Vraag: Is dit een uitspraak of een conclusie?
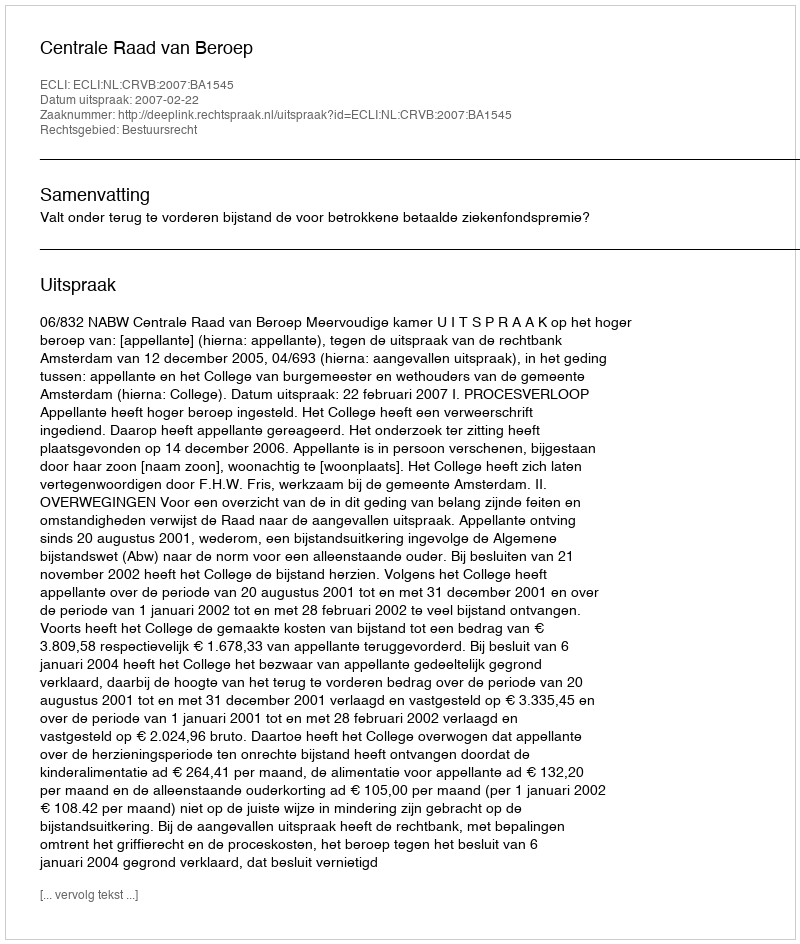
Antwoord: Uitspraak